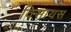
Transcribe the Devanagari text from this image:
विसायस